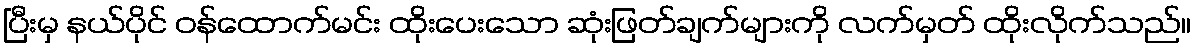
ပြီးမှ နယ်ပိုင် ဝန်ထောက်မင်း ထိုးပေးသော ဆုံးဖြတ်ချက်များကို လက်မှတ် ထိုးလိုက်သည်။